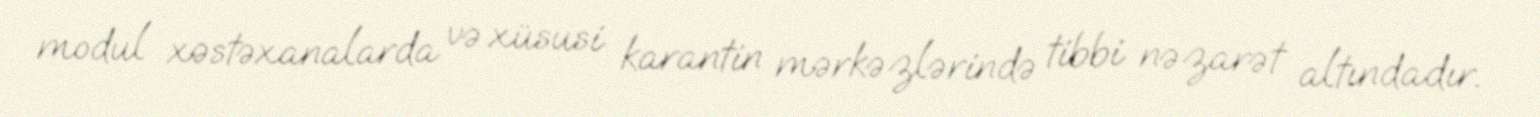
modul xəstəxanalarda və xüsusi karantin mərkəzlərində tibbi nəzarət altındadır.